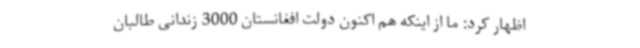
اظهار کرد: ما از اینکه هم اکنون دولت افغانستان 3000 زندانی طالبان